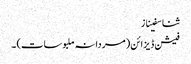
ثنا سفیناز
فیشن ڈیزائن (مردانہ ملبوسات) ۔